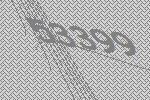
53399